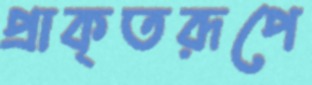
প্রাকৃতরূপে